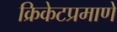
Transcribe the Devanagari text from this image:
क्रिकेटप्रमाणे